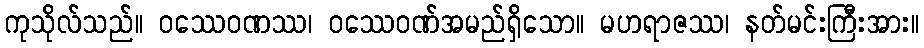
ကုသိုလ်သည်။ ဝဿေဝဏဿ၊ ဝဿေဝဏ်အမည်ရှိသော။ မဟရာဇဿ၊ နတ်မင်းကြီးအား။